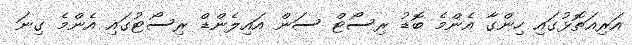
އަރިއަތޮޅުގައި ހިންގާ އެންމެ ބޮޑު ރިސޯޓް ސަން އައިލެންޑް ރިސޯޓުގައި އެންމެ ގިނަ